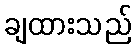
ချထားသည်